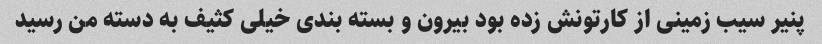
پنیر سیب زمینی از کارتونش زده بود بیرون و بسته بندی خیلی کثیف به دسته من رسید